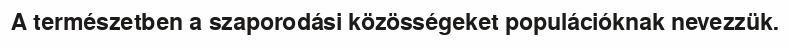
A természetben a szaporodási közösségeket populációknak nevezzük.